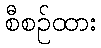
စီစဉ်ထား